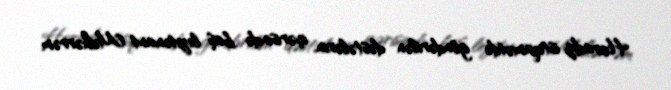
Horadiz istiqamətdə göndərilən dəstələrin içərisində baş leytenant Məhərrəm